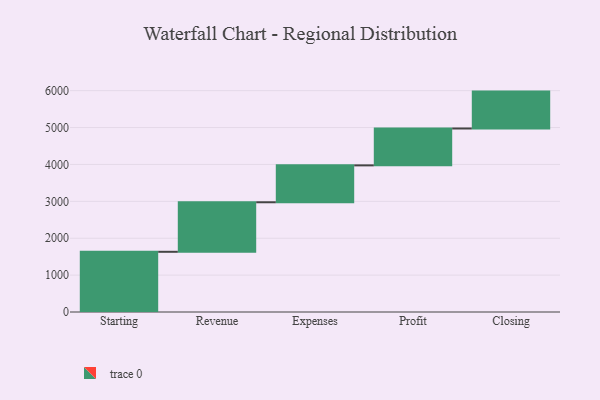
{"axis": {"x": "Step", "y": "Value"}, "legend": [""], "data": [{"x": "Starting", "y": 1632.0, "type": ""}, {"x": "Revenue", "y": 1343.0, "type": ""}, {"x": "Expenses", "y": 1000, "type": ""}, {"x": "Profit", "y": 1000, "type": ""}, {"x": "Closing", "y": 1000, "type": ""}]}